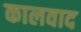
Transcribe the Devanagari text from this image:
कालवाद